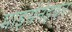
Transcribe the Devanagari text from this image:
माइसेनेइयन